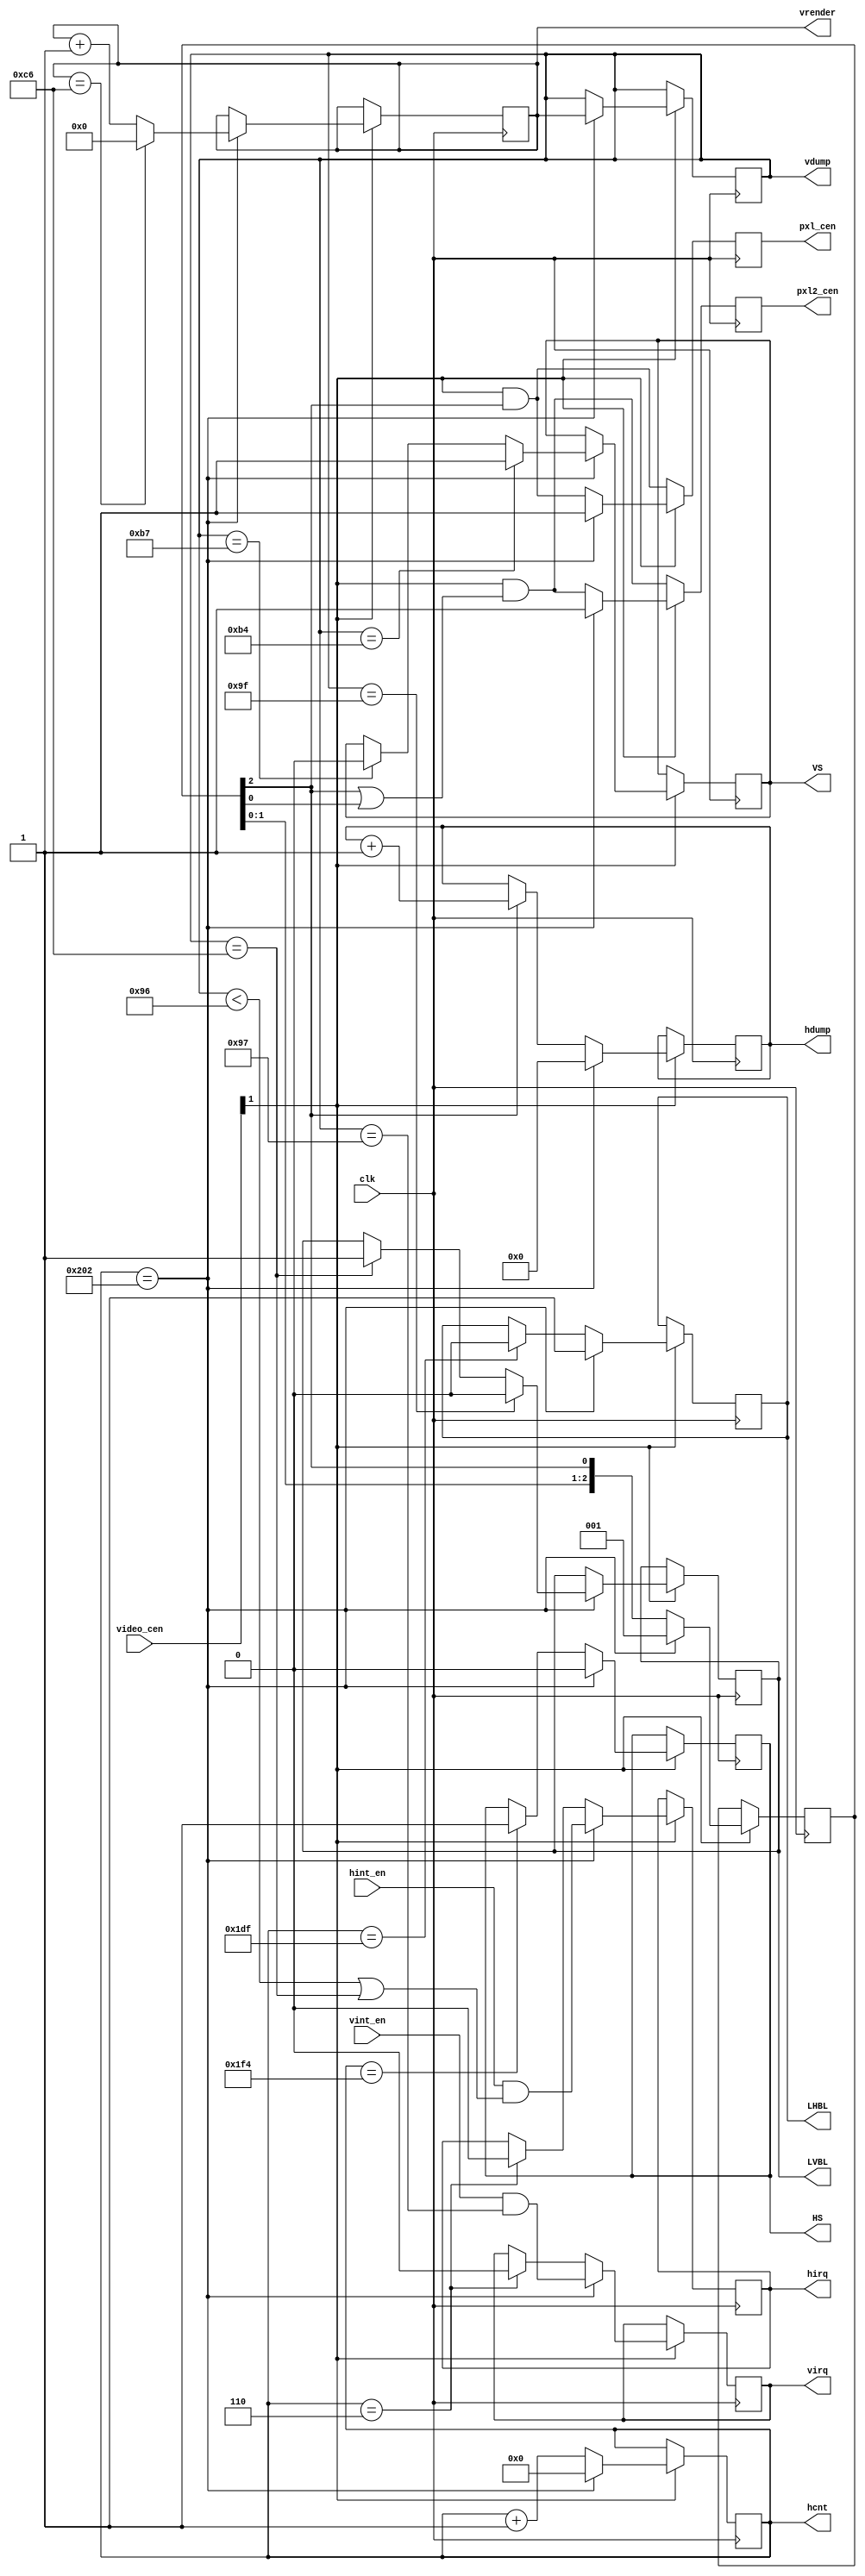
/*  This file is part of JTCORES.
    JTCORES program is free software: you can redistribute it and/or modify
    it under the terms of the GNU General Public License as published by
    the Free Software Foundation, either version 3 of the License, or
    (at your option) any later version.

    JTCORES program is distributed in the hope that it will be useful,
    but WITHOUT ANY WARRANTY; without even the implied warranty of
    MERCHANTABILITY or FITNESS FOR A PARTICULAR PURPOSE.  See the
    GNU General Public License for more details.

    You should have received a copy of the GNU General Public License
    along with JTCORES.  If not, see <http://www.gnu.org/licenses/>.

    Author: Jose Tejada Gomez. https://patreon.com/jotego
    Version: 1.0
    Date: 22-3-2022 */

module jtngp_vtimer(
    input               clk,
    input         [1:0] video_cen,
    input               hint_en,
    input               vint_en,

    output reg          pxl_cen,
    output reg          pxl2_cen,
    output reg  [9:0]   hcnt,       // top 8 bits
    output reg  [8:0]   hdump,
    output reg  [7:0]   vdump,
    output reg  [7:0]   vrender,
    output reg          LHBL,
    output reg          LVBL,
    output reg          HS,
    output reg          VS,

    output reg          hirq,
    output reg          virq
);

reg [2:0] three=1;

initial begin
    hirq = 0;
    virq = 0;
end

always @(posedge clk) begin
    pxl_cen  <= video_cen[1] & three[2];
    pxl2_cen <= video_cen[1] & (three[2] | three[0]);
    if( video_cen[1] ) begin
        three <= { three[1:0], three[2] };
        if( hcnt==6 ) begin
            hirq <= 0;
            virq <= 0;
        end
        if( hcnt==(160*3-1) ) begin
            LHBL <= 0;
        end
        if( hcnt == 500 ) HS <= 1;
        if( hcnt==514 ) begin
            HS       <= 0;
            LHBL     <= 1;
            hdump    <= 0;
            three    <= 1;
            pxl_cen  <= 1;
            pxl2_cen <= 1;
            hcnt     <= 0;
            vrender  <= (vrender==198) ? 8'd0 : (vrender+8'd1);
            vdump    <= vrender;
            virq  <= vint_en && vdump==151;
            hirq  <= hint_en && (vdump<150 || vdump==198 );
            if( vdump==159 )
                LVBL <= 0;
            else if( vdump==198 )
                LVBL <= 1;
            if( vdump==180 )
                VS <= 1;
            else if( vdump==183 )
                VS <= 0;
        end else begin
            if( three[2] ) hdump <= hdump + 9'd1;
            hcnt  <= hcnt  +10'd1;
        end
    end
end

endmodule